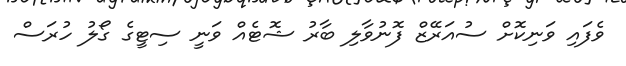
ވެފައި ވަނިކޮށް ސުއަރޭޒް ފޮނުވާލި ބާރު ޝޮޓެއް ވަނީ ސިޓީގެ ގޯލު ހުރަސް